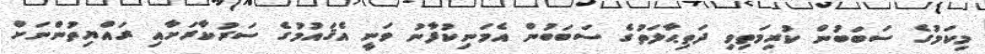
މިކަމުގެ ސަބަބުން ކުރިމަތިވި ދަތިޙާލަތުގެ ސަބަބުން އެމަނިކުފާނު ވަނީ އެޤައުމުގެ ސަރުކާރަށާއި ރައްޔިތުންނަށް